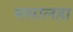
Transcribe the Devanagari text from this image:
मसालहा